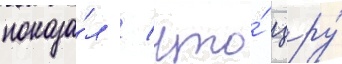
показа́л / что́ цру́